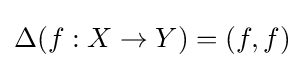
\Delta (f:X\to Y)=(f,f)